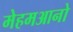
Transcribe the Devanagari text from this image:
मेहमआनो